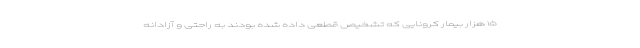
۱۵ هزار بیمار کرونایی که تشخیص قطعی داده شده بودند به راحتی و آزادانه